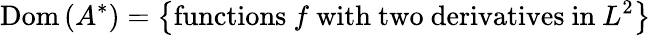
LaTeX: \operatorname{Dom}\left(A^{*}\right)=\left\{ {\mathrm{functions~}}f{\mathrm{~with~two~derivatives~in~}}L^{2}\right\}